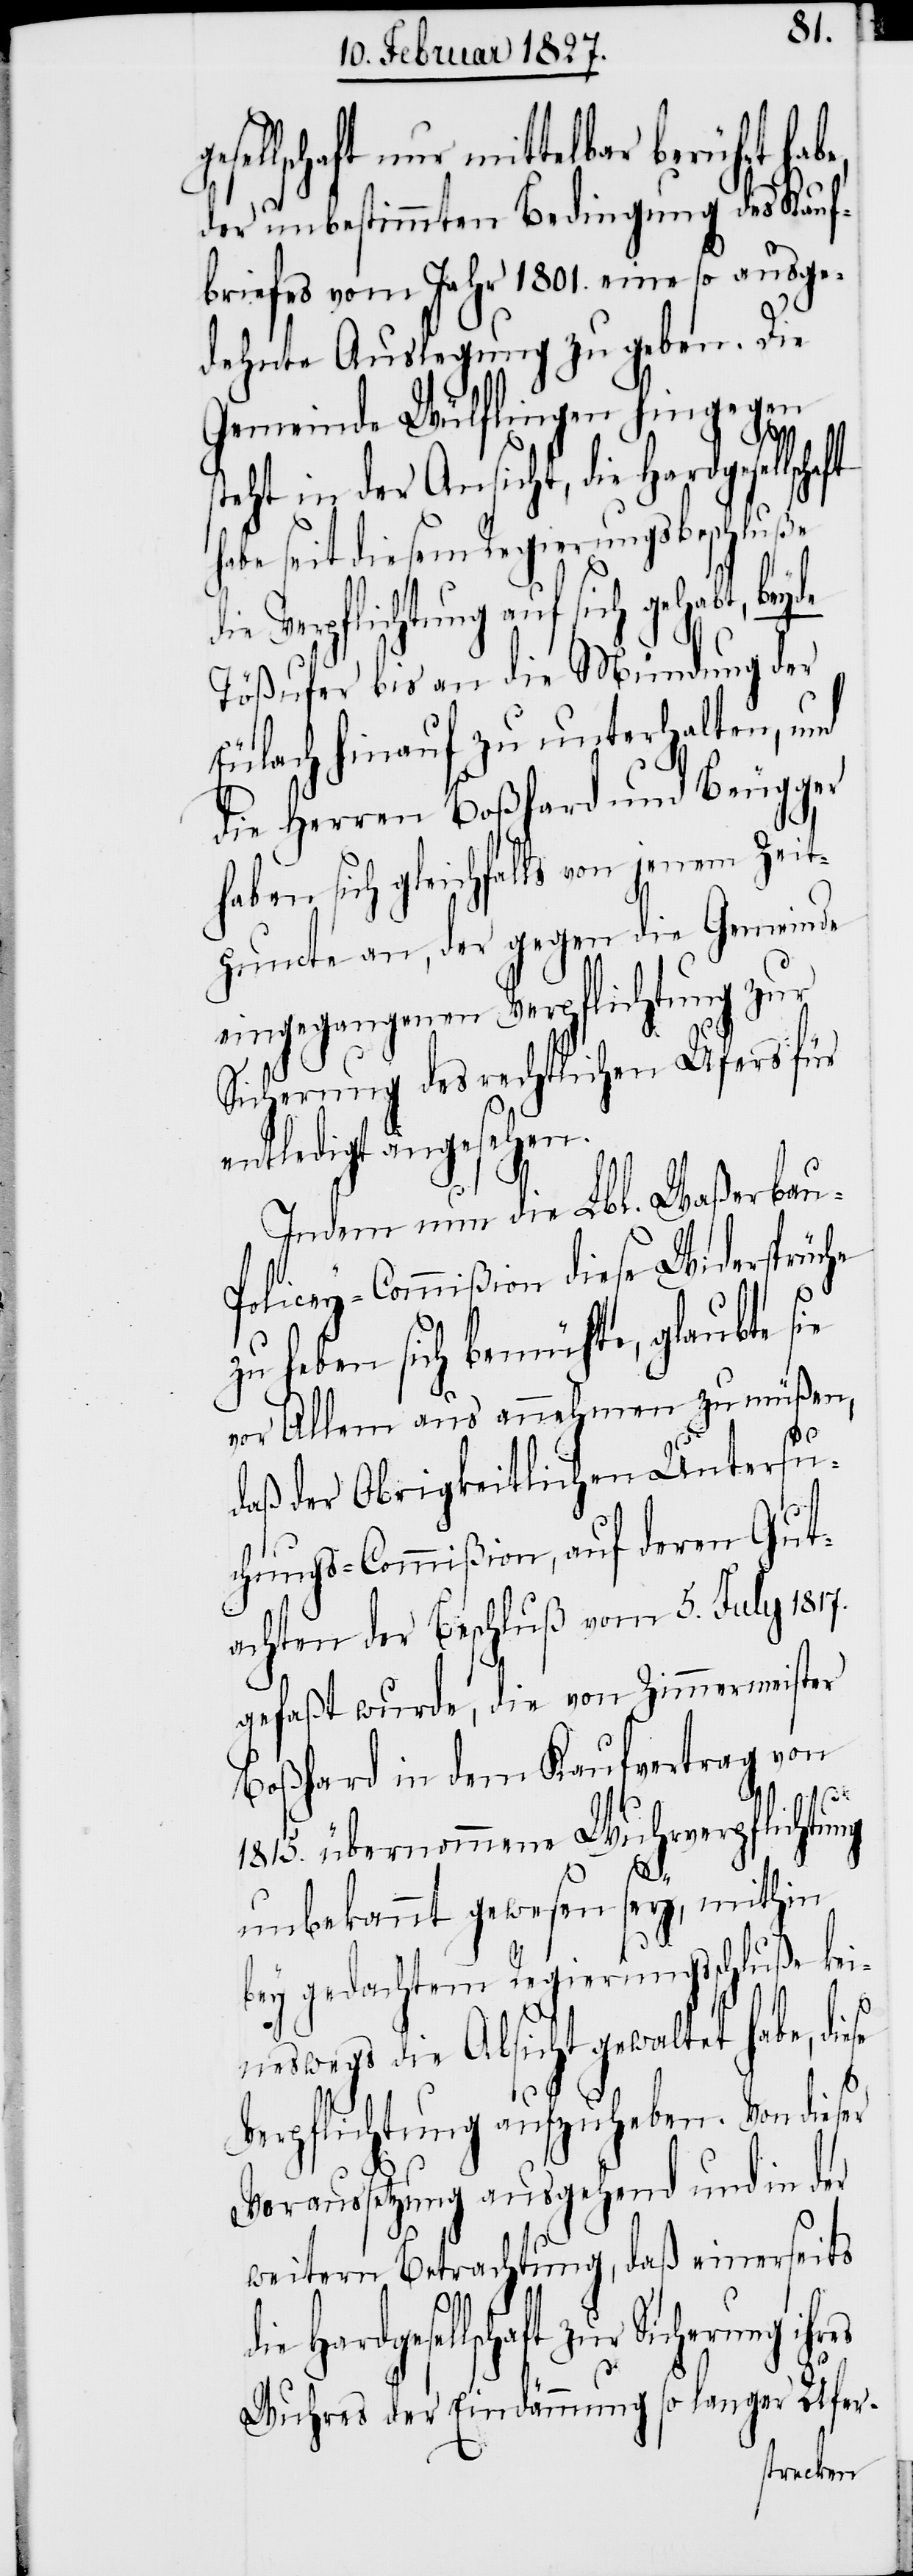
sellschaft nur mittelbar berührt
der unbestimmten Bedingung des Kauf¬
briefes vom Jahr 1801. eine so ausge¬
dehnte Auslegung zu geben. Die
Gemeinde Wülflingen hingegen
steht in der Ansicht, die Hardgesell¬
abe seit diesem Regierungsbeschluße
Verpflichtung auf sich gehabt, bey¬
Tößufer bis an die Mündung der
Eulach hinauf zu unterhalten, und
die Herren Boßhard und Beugger
haben sich gleichfalls von jenem Zeit¬
puncte an, der gegen die Gemeinde
eingegangenen Verpflichtung zur
Sicherung des rechtlichen Ufers für
entledigt angesehen.
Indem nun die Lbl. Waßerbau-P¬
olicey-Commißion diese Widersprüche
zu heben sich bemühte, glaubte sie
vor Allem aus [sic!] annehmen zu müßen,
daß der Obrigkeitlichen Untersu¬
chungs-Commißion, auf deren Gut¬
achten der Beschluß vom 5. July 1817.
gefaßt wurde, die von Zimmermeister
Boßhard in dem Kaufvertrag von
1815. übernommene Wuhrverpflichtung
de
unbekannt gewesen sey, mithin
bey gedachtem Regierungsschluße kei¬
neswegs die Absicht gewaltet habe, di¬
ese
Verpflichtung aufzuheben. Von dieser
Voraussetzung ausgehend und in der
weitern Betrachtung, daß einerseits
die Hardgesellschaft zur
Wuhres der Eindämmung so langer Ufer-